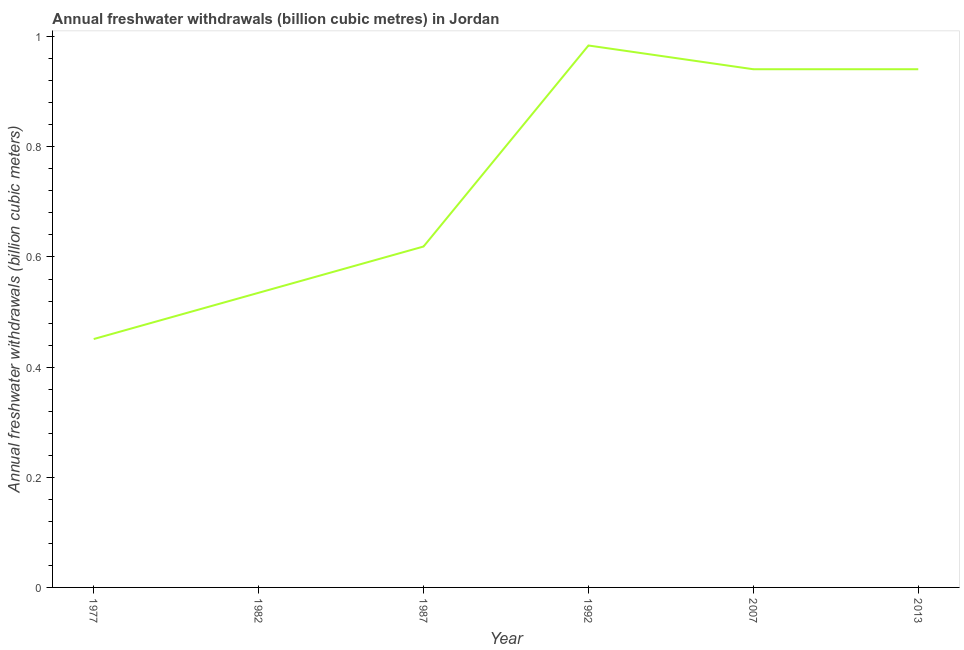
| Year | Annual freshwater withdrawals |
 | --- | --- |
 | 1977 | 0.451 |
 | 1982 | 0.535 |
 | 1987 | 0.619 |
 | 1992 | 0.984 |
 | 2007 | 0.941 |
 | 2013 | 0.941 |